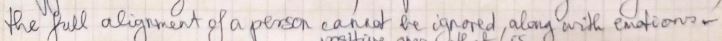
the full alignment of a person cannot be ignored, along with emations.